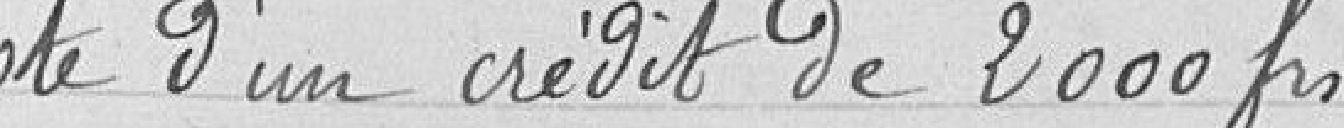
Vote d'un crédit de 2 000 francs